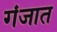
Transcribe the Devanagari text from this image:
गंजात